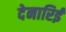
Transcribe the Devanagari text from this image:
देनारिई